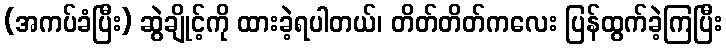
(အကပ်ခံပြီး) ဆွဲချိုင့်ကို ထားခဲ့ရပါတယ်၊ တိတ်တိတ်ကလေး ပြန်ထွက်ခဲ့ကြပြီး